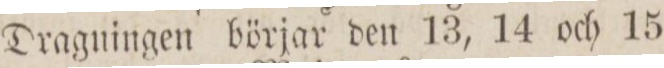
Dragningen börjar den 13, 14 och 15